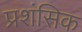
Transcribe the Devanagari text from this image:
प्रशंसिक